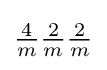
{\tfrac {4}{m}}{\tfrac {2}{m}}{\tfrac {2}{m}}